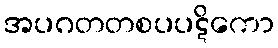
အပဂတတစပပဋိကော